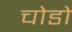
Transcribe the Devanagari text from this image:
चोडो